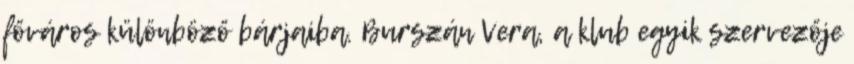
főváros különböző bárjaiba. Burszán Vera, a klub egyik szervezője